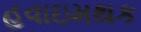
હવાઇમથક